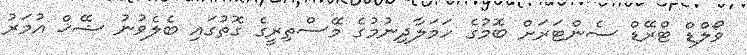
ވޯލްޑް ޓްރޭޑް ސެންޓަރަށް ބޮމުގެ ހަމަލާދިނުމުގެ މޭސްތިރީގެ ގޮތުގައި ބެލެވުނު ޝޭޚް އުމަރު